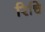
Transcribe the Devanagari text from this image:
रिचि